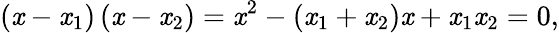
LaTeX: \left(\mathit{x}-\mathit{x}_{1}\right)\left(\mathit{x}-\mathit{x}_{2}\right)=\mathit{x}^{2}-\left(\mathit{x}_{1}+\mathit{x}_{2}\right)\mathit{x}+\mathit{x}_{1}\mathit{x}_{2}=0,